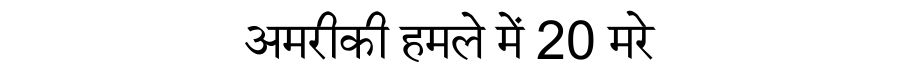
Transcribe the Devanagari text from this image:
अमरीकी हमले में 20 मरे